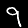
Label: 9